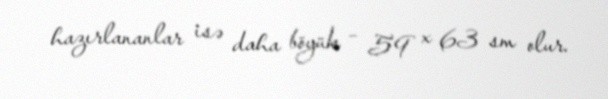
hazırlananlar isə daha böyük – 59 x 63 sm olur.